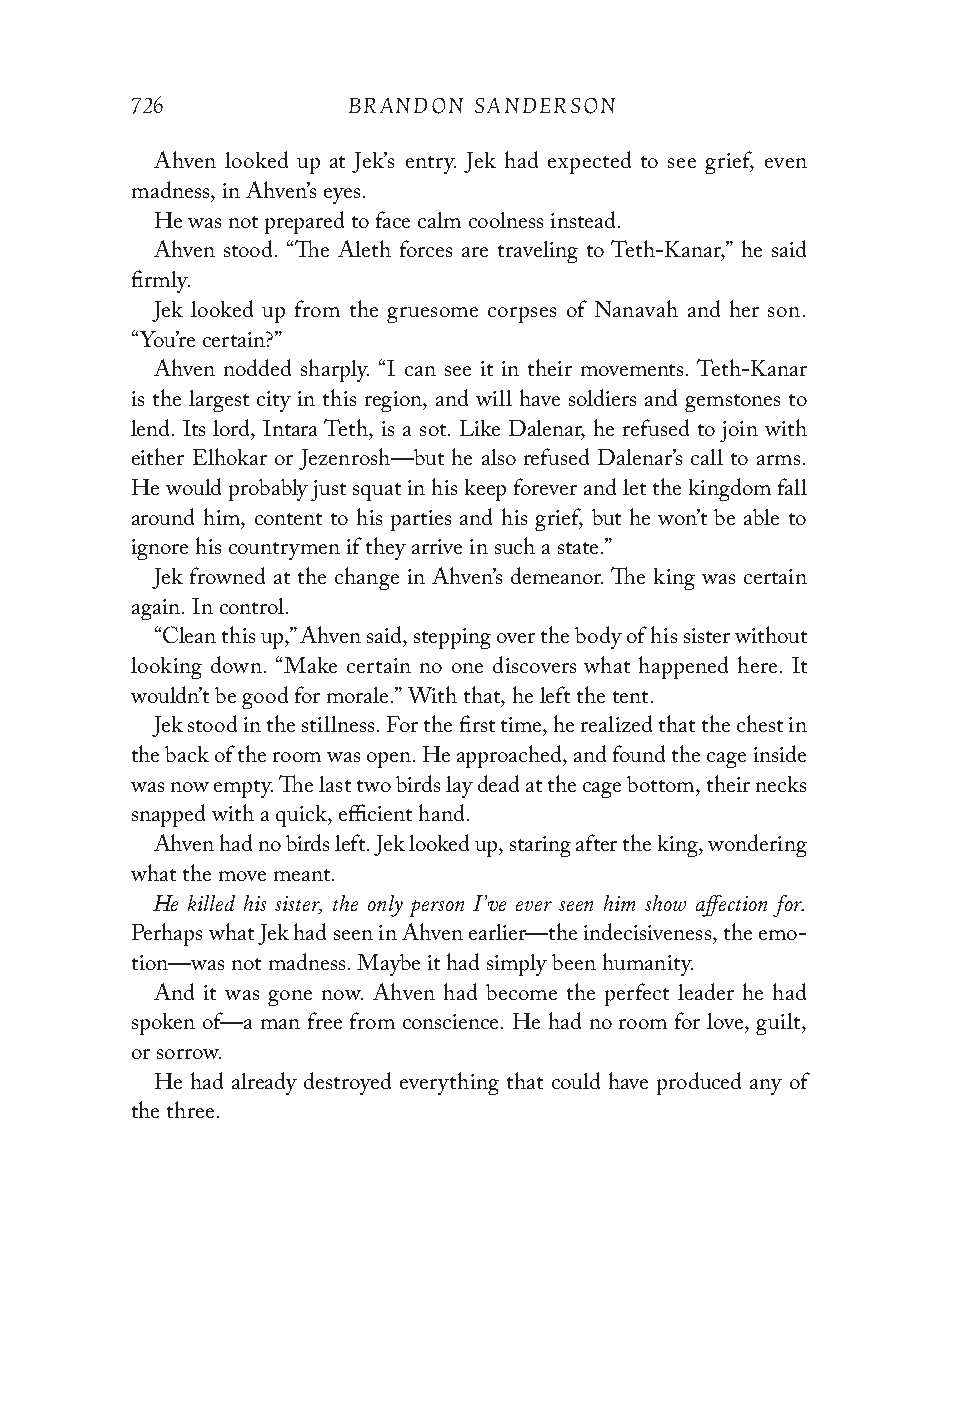
726           BRANDON SANDERSON
 Ahven looked up at Jek’s entry. Jek had expected to see grief, even
 madness, in Ahven’s eyes.
 He was not prepared to face calm coolness instead.
 Ahven stood. “The Aleth forces are traveling to Teth-Kanar,” he said
 firmly.
 Jek looked up from the gruesome corpses of Nanavah and her son.
 “You’re certain?”
 Ahven nodded sharply. “I can see it in their movements. Teth-Kanar
 is the largest city in this region, and will have soldiers and gemstones to
 lend. Its lord, Intara Teth, is a sot. Like Dalenar, he refused to join with
 either Elhokar or Jezenrosh—but he also refused Dalenar’s call to arms.
 He would probably just squat in his keep forever and let the kingdom fall
 around him, content to his parties and his grief, but he won’t be able to
 ignore his countrymen if they arrive in such a state.”
 Jek frowned at the change in Ahven’s demeanor. The king was certain
 again. In control.
 “Clean this up,” Ahven said, stepping over the body of his sister without
 looking down. “Make certain no one discovers what happened here. It
 wouldn’t be good for morale.” With that, he left the tent.
 Jek stood in the stillness. For the first time, he realized that the chest in
 the back of the room was open. He approached, and found the cage inside
 was now empty. The last two birds lay dead at the cage bottom, their necks
 snapped with a quick, efficient hand.
 Ahven had no birds left. Jek looked up, staring after the king, wondering
 what the move meant.
 He killed his sister, the only person I’ve ever seen him show affection for.
 Perhaps what Jek had seen in Ahven earlier—the indecisiveness, the emo-
 tion—was not madness. Maybe it had simply been humanity.
 And it was gone now. Ahven had become the perfect leader he had
 spoken of—a man free from conscience. He had no room for love, guilt,
 or sorrow.
 He had already destroyed everything that could have produced any of
 the three.